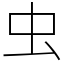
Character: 虫